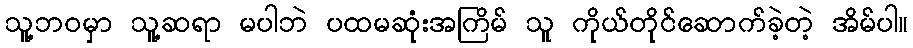
သူ့ဘဝမှာ သူ့ဆရာ မပါဘဲ ပထမဆုံးအကြိမ် သူ ကိုယ်တိုင်ဆောက်ခဲ့တဲ့ အိမ်ပါ။